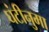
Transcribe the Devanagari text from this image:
घंटीनुमा